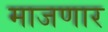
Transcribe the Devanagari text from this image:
माजणार